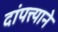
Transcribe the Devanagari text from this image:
दांपत्त्याने